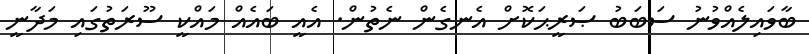
ބާވައިލެއްވުނު ސަބަބު ޞަރީޙަކޮށް އެނގެން ނެތުން. އެއީ ބައެއް މައްކީ ސޫރަތުގައި މަދާނީ